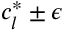
c _ { l } ^ { * } \pm \epsilon